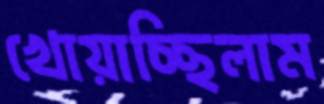
খোয়াচ্ছিলাম